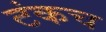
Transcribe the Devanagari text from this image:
टंकच